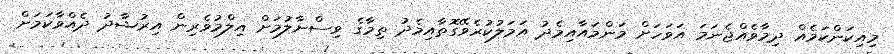
މިއިކަންކަމެއް ދިމާވެއްޖެނަމަ އަވަހަށް މަންމައާއިމެދު އަމަލުކުރެވޭގޮތާއިމެދު ތިމާގެ ވިސްނާލުމަށް އިލްމުވެރިން އިރުޝާދު ދެއްވާކަމަށް